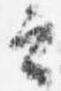
云